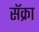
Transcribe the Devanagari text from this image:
सॅक्रा